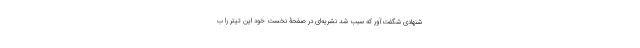
شنهادی شگفت‌آور که سبب شد نشریه‌ای در صفحۀ نخست خود این تیتر را ب